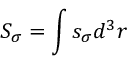
S _ { \sigma } = \int s _ { \sigma } d ^ { 3 } r